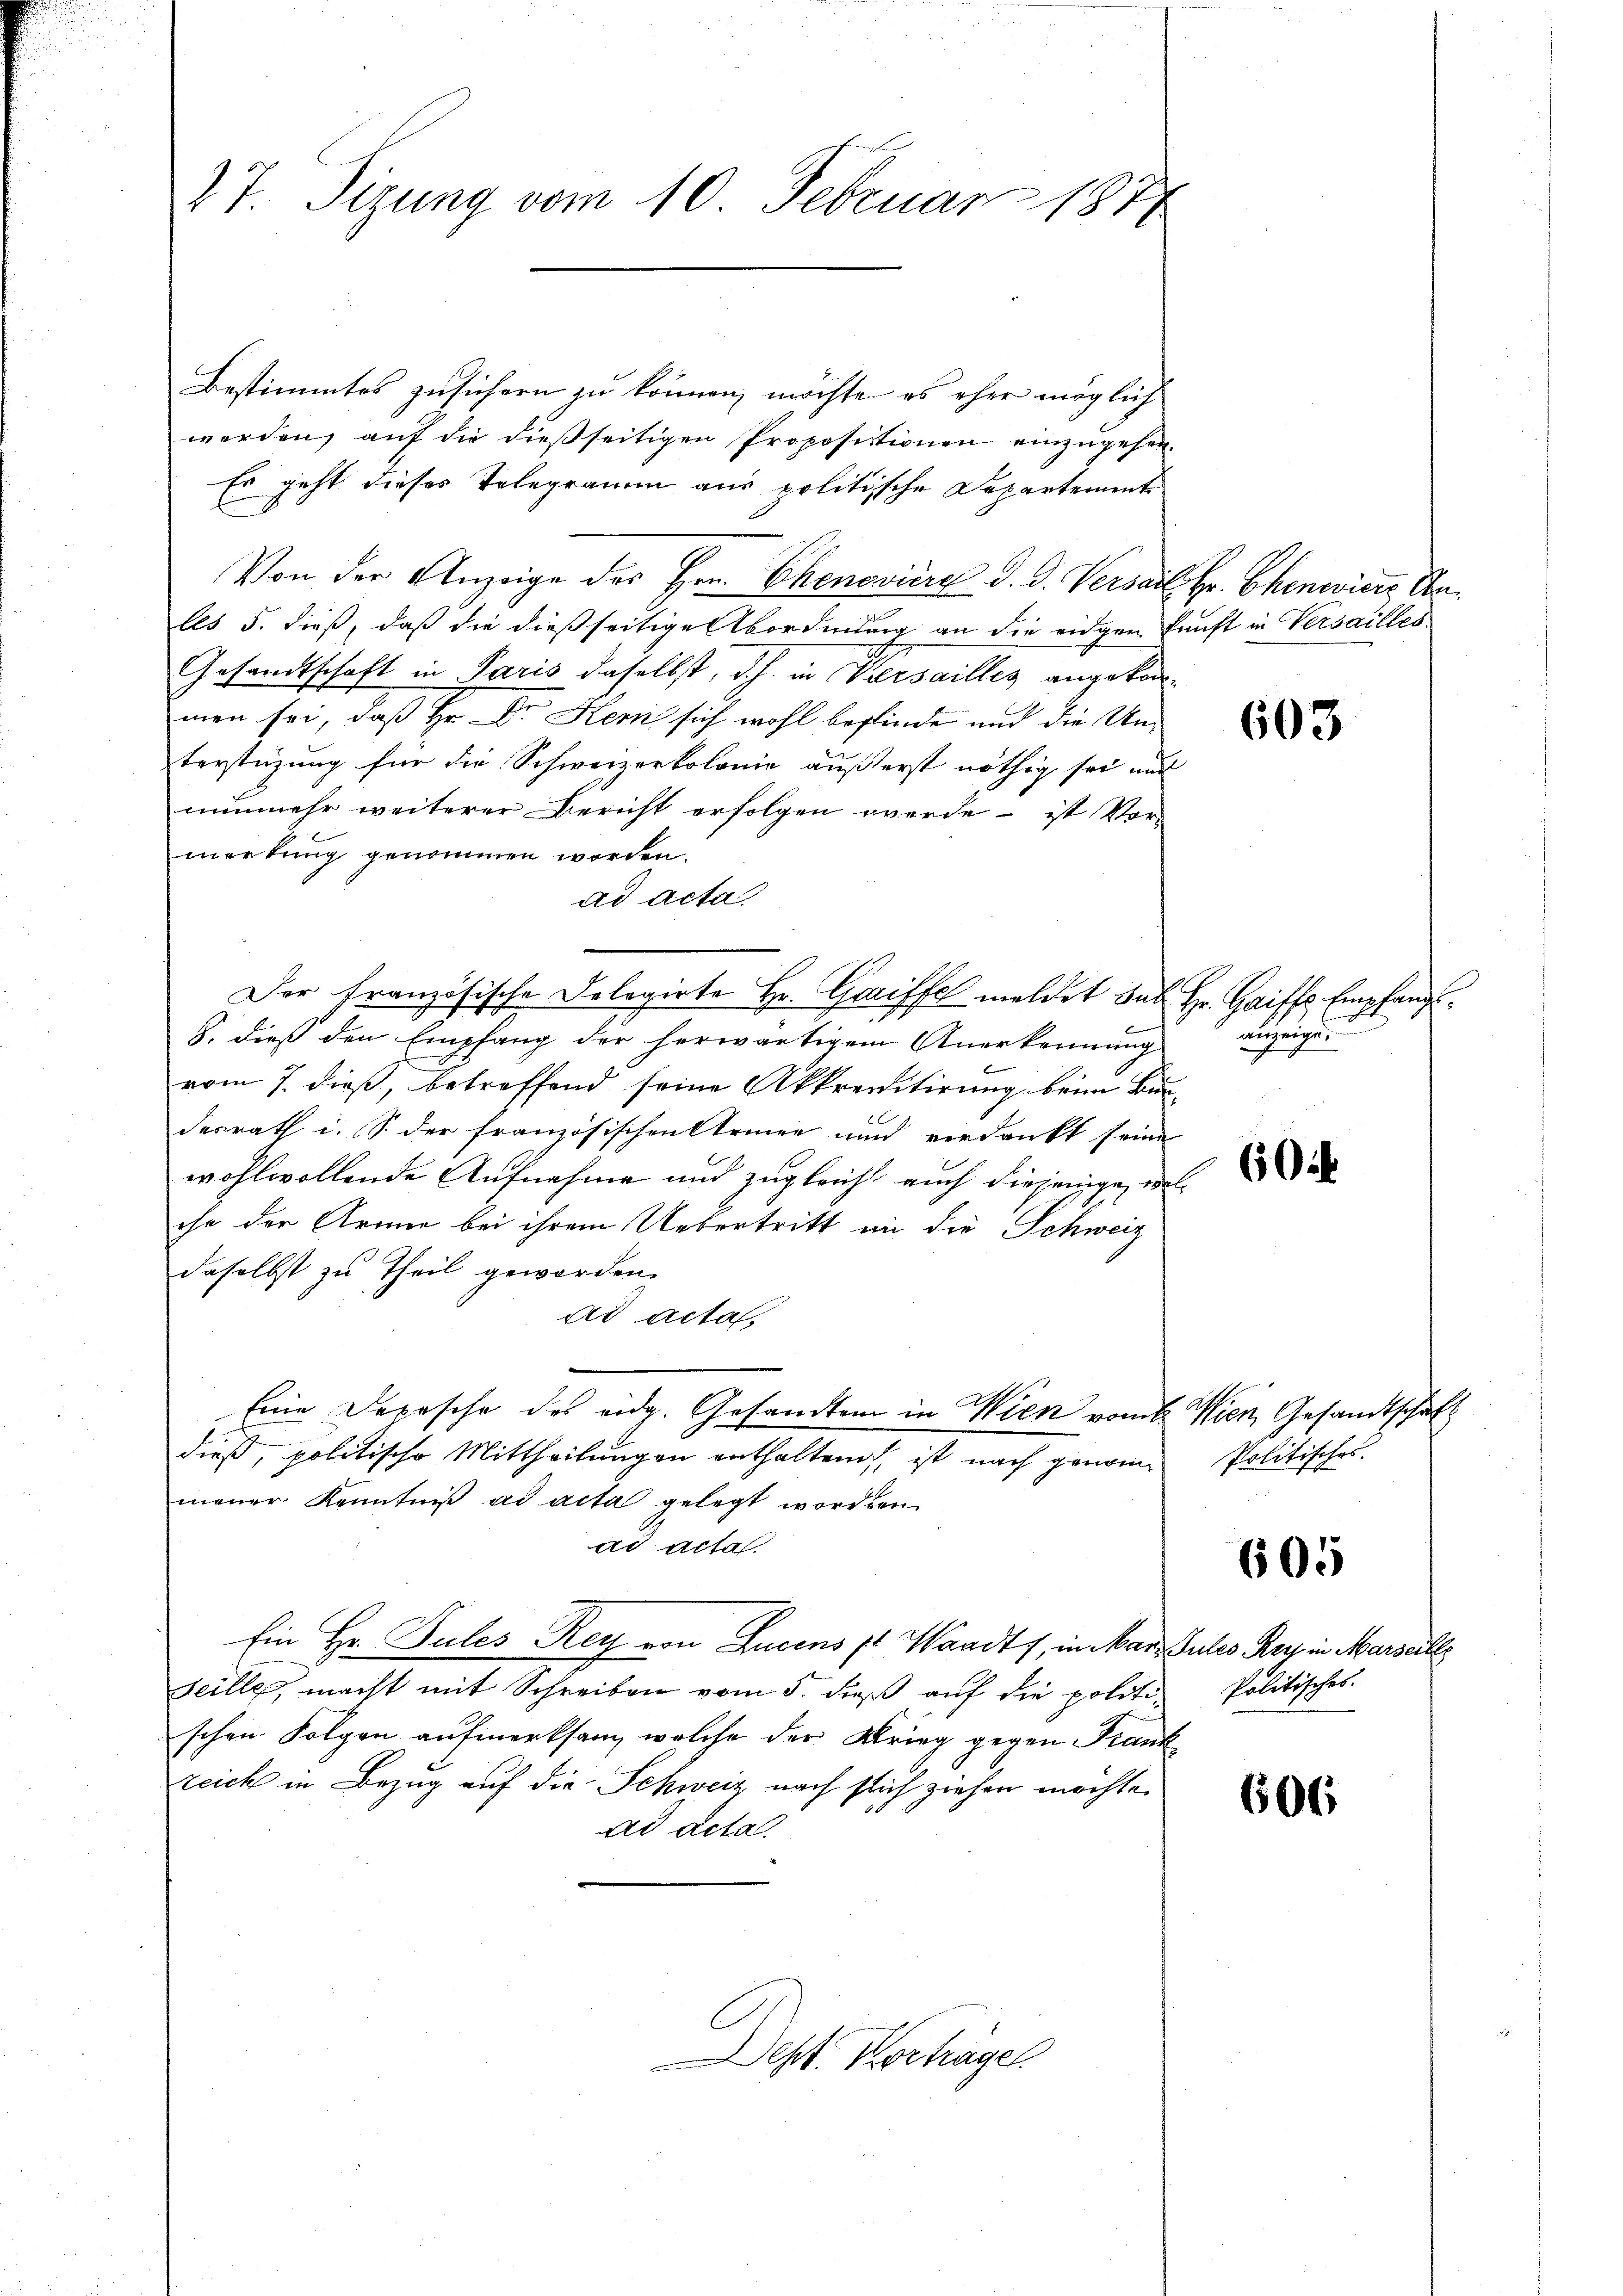
27. Sizung vom 10. Februar 1877

Bestimmtes zusichern zu können, möchte es eher möglich
werden, auf die dießseitigen Propositionen einzugehen¬
Es geht dieses Telegramm aus politische Departement
Von der Anzeige des Hrn. Chenoviere d. d. Versall Hr. Chineiere Cals 5. dieß, daß die dießseitige Abordnung an die eidgen kunst in Versailles
Gesandtschaft in Paris daselbst, d.h. in Versailles angekommen sei, daß Hr. Dr Kem sich wohl befinde und die Unterstüzung für die Schweizerkolonie äußerst nöthig sei und
nunmehr weiterer Bericht erfolgen werde - ist Vor-
merkung genommen worden.
ad acta.
S. dieß den Empfang der herwärtigem Anerkennung anzeige.
vom 7. dieß, betreffend seine Akkreditirung beim Bundesrath i. S. der französischen Steinen und verdrückt seine
wohlwollende Aufnahme und zugleich auch diejenige, wel
che der Armee bei ihrem Uebertritt in die Schweiz
daselbst zu Theil geworden.
ad acta.
Eine Depesche des eidg. Gesandten in Wien vom 6. Wien Gesandtschaft
dieß, politische Mittheilungen enthaltend, ist nach genom
mener Kenntniβ ad acta gelegt worden.
ad acta.
Ein Hr. Pules Rey von Lucens pr Waadt, in Marz Gutes Rey in Marseill
seille, macht mit Schreiben vom 5. dieß auf die politi- Politisches
schen Folgen aufmerksam, welche der Krieg gegen Frankzeich in Bezug auf die Schweiz nach flich ziehen möchte.
ad acta

e
Der französische Delegirte Hr. Greiffe meldet hat Hr. Haiffs Empfangs¬

ept. Vorträge.

603

60

Politisches.

605

606